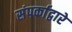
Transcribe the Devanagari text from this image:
संपर्काद्वारे